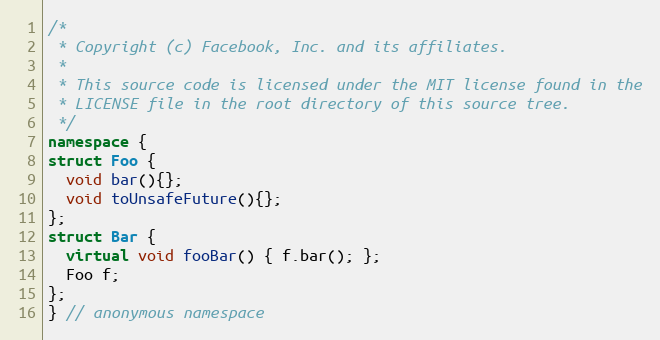
Language: C++
/*
 * Copyright (c) Facebook, Inc. and its affiliates.
 *
 * This source code is licensed under the MIT license found in the
 * LICENSE file in the root directory of this source tree.
 */
namespace {
struct Foo {
  void bar(){};
  void toUnsafeFuture(){};
};
struct Bar {
  virtual void fooBar() { f.bar(); };
  Foo f;
};
} // anonymous namespace